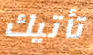
تأتيك